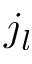
j _ { l }